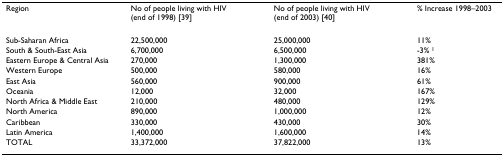
<table><thead><tr><td><b>Region</b></td><td><b>No of people living with HIV (end of 1998) [39]</b></td><td><b>No of people living with HIV (end of 2003) [40]</b></td><td><b>% Increase 1998–2003</b></td></tr></thead><tbody><tr><td>Sub-Saharan Africa</td><td>22,500,000</td><td>25,000,000</td><td>11%</td></tr><tr><td>South &amp; South-East Asia</td><td>6,700,000</td><td>6,500,000</td><td>-3% <sup>1</sup></td></tr><tr><td>Eastern Europe &amp; Central Asia</td><td>270,000</td><td>1,300,000</td><td>381%</td></tr><tr><td>Western Europe</td><td>500,000</td><td>580,000</td><td>16%</td></tr><tr><td>East Asia</td><td>560,000</td><td>900,000</td><td>61%</td></tr><tr><td>Oceania</td><td>12,000</td><td>32,000</td><td>167%</td></tr><tr><td>North Africa &amp; Middle East</td><td>210,000</td><td>480,000</td><td>129%</td></tr><tr><td>North America</td><td>890,000</td><td>1,000,000</td><td>12%</td></tr><tr><td>Caribbean</td><td>330,000</td><td>430,000</td><td>30%</td></tr><tr><td>Latin America</td><td>1,400,000</td><td>1,600,000</td><td>14%</td></tr><tr><td>TOTAL</td><td>33,372,000</td><td>37,822,000</td><td>13%</td></tr></tbody></table>